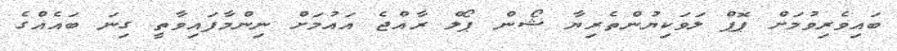
ބައިވެރިވުމަށް ޕޮޕް ލަވަކިޔުންތެރިޔާ ޝޯން ޕޯލް ރާއްޖެ އައުމަށް ނިންމާފައިވާތީ ގިނަ ބައެއްގެ